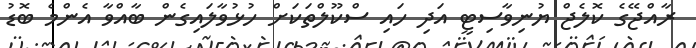
ރާއްޖޭގެ ކޮލެޖް ޔުނިވާސިޓީ އަދި ހައި ސްކޫލްތަކަށް ހުޅުވާލައިގެން ބާއްވާ އެންމެ ބޮޑު